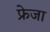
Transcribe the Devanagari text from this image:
फ्रेजा